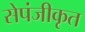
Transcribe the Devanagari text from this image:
सेपंजीकृत